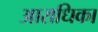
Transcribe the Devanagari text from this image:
आराधिका